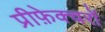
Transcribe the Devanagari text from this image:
प्रीफ़ेक्चरों